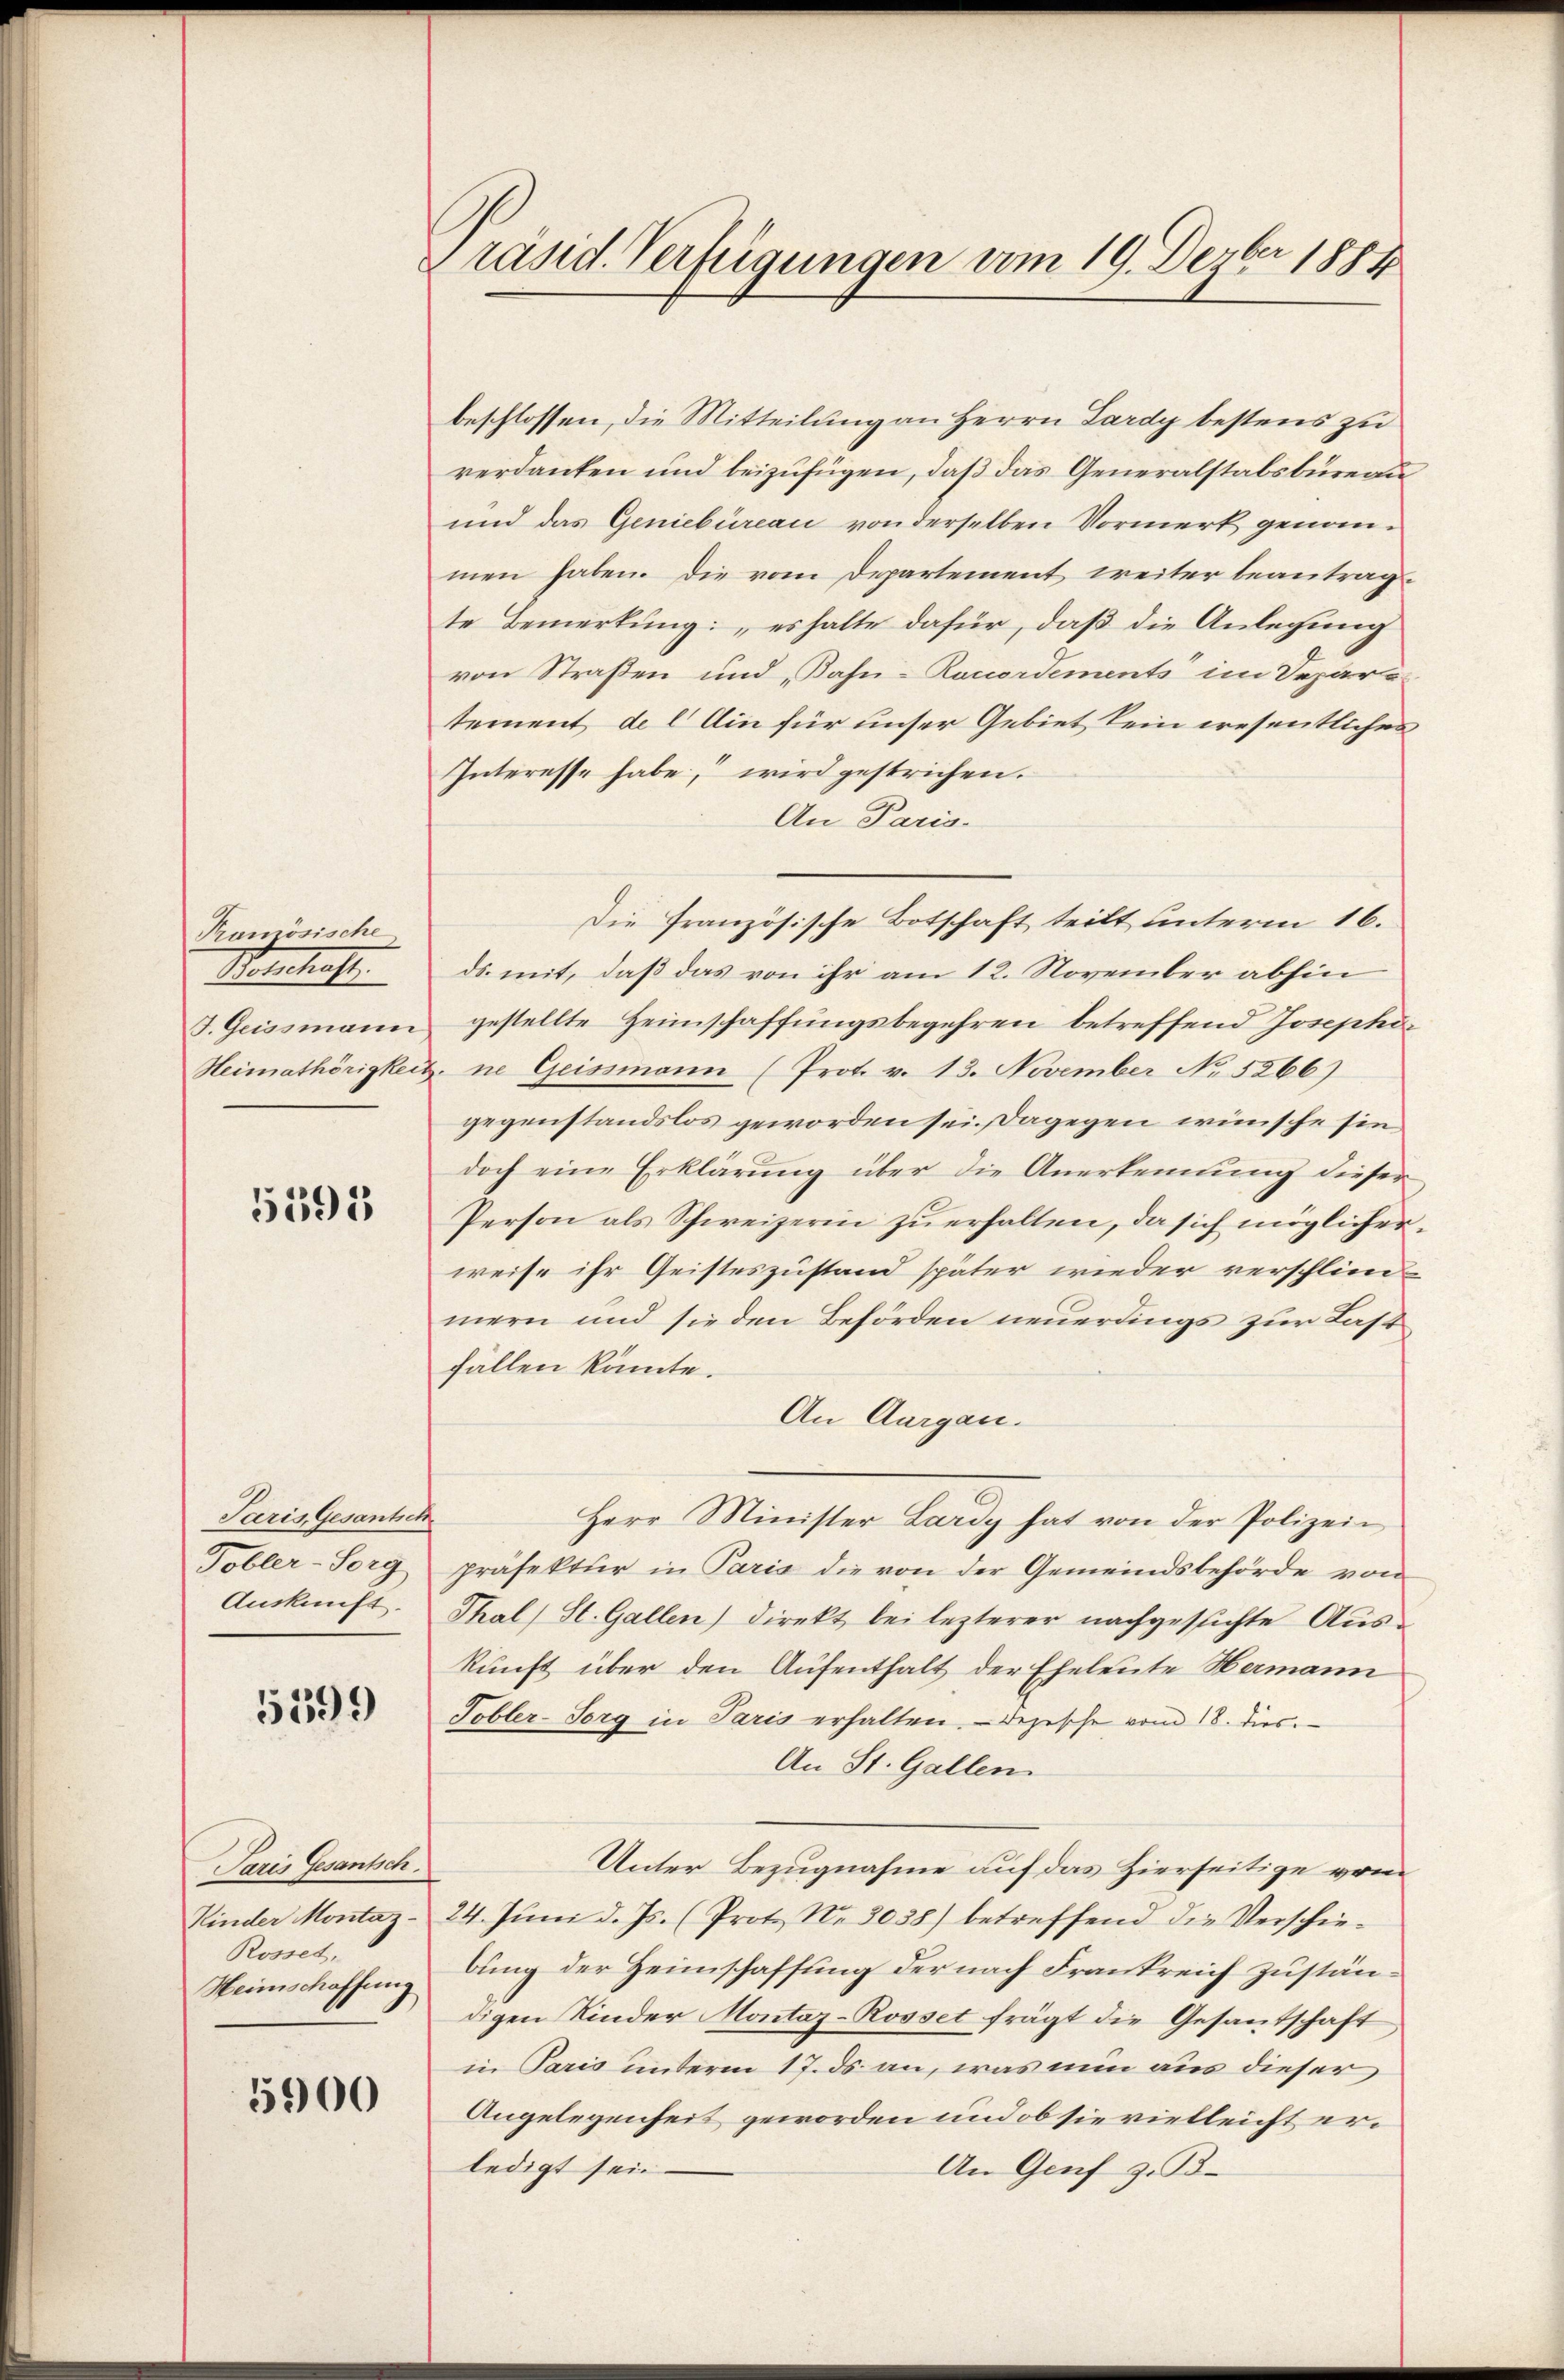
Kranzösische
Welschaf
F. Geissmann

5595

Paris Gesantsch
Tobler-Sorg
Auskunft.

5599)

Paris Gesantsch.
Rosset,
Heimschaffung

5900

Präsid. Verfügungen vom 19. Dezbr 1884

beschlossen, die Mitteilung an Herrn Lardy bestens zu
rerdanken und beizufügen, daß das Generalstabsbureau
und das Geniebüreau von derselben Vormerk genommen haben. Die vom Departement weiter beantragte Bemerkung: „es halte dafür, daß die Anlegung
von Straßen und Bahn-Ranordements im Departement de l Ain für unser Gebiet kein wesentliches
Interesse habe, wird gestrichen.
An Paris.
ds. mit, daß das von ihr am 12. November abhin
gestellte Heimschaffungsbegehren betreffend Josephi¬
Heimathörigkeit ne Geissmann (Prot. v. 13. November No 5266)
gegenstandslos geworden sei. Dagegen wünsche sin
doch eine Erklärŭng über die Anerkennung dieser
Person als Schweizerin zŭ erhalten, da sich möglicher
weise ihr Geisteszustand später wieder verschliemern und sie den Behörden neuerdings zur Last
fällen könnte.
An Aargau.
Herr Minister Lardy hat von der Polizei
präfektur in Paris die von der Gemeindsbehörde von
Thal) St. Gallen) direkt bei lezterer nachgesuchte Auskunft über den Aufenthalt der Eheleute Hermann
Tobler-Torg in Paris erhalten. Depesche vom 18. dies
An St. Gallen.
Unter Bezugnahme auf das Zierseitige vom
Kinder Montaz- 24. Jŭni d. Js. (Prot. No. 3038) betreffend die Verschie-
bung der Heimschaffung der nach Frankreich zuständigen Kinder Montaz-Rosset frägt die Gesantschaft
in Paris unterm 17. ds. an, was nun aus dieser
Angelegenheit geworden und ob sie vielleicht erledigt sein.
An Genf z. B.

Die Französische Botschaft teilt unterm 16.